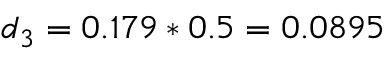
d _ { 3 } = 0 . 1 7 9 * 0 . 5 = 0 . 0 8 9 5